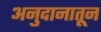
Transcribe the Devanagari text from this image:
अनुदानातून